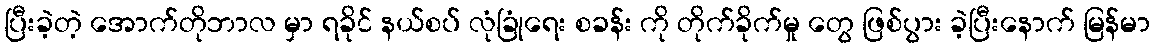
ပြီးခဲ့တဲ့ အောက်တိုဘာလ မှာ ရခိုင် နယ်စပ် လုံခြုံရေး စခန်း ကို တိုက်ခိုက်မှု တွေ ဖြစ်ပွား ခဲ့ပြီးနောက် မြန်မာ